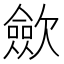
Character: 歛